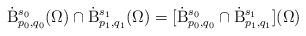
LaTeX: \begin{align*} \dot{\mathrm{B}}^{s_0}_{p_0,q_0}(\Omega)\cap \dot{\mathrm{B}}^{s_1}_{p_1,q_1}(\Omega) = [\dot{\mathrm{B}}^{s_0}_{p_0,q_0}\cap \dot{\mathrm{B}}^{s_1}_{p_1,q_1}](\Omega)\end{align*}